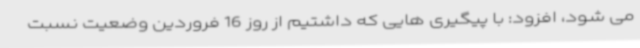
می شود، افزود: با پیگیری هایی که داشتیم از روز 16 فروردین وضعیت نسبت